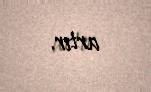
artır.